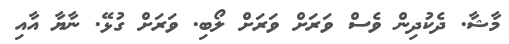
މާޝާ. ދެކުދިން ވެސް ވަރަށް ވަރަށް ލޯބި. ވަރަށް ގުޅޭ. ނާޔާ އާއި